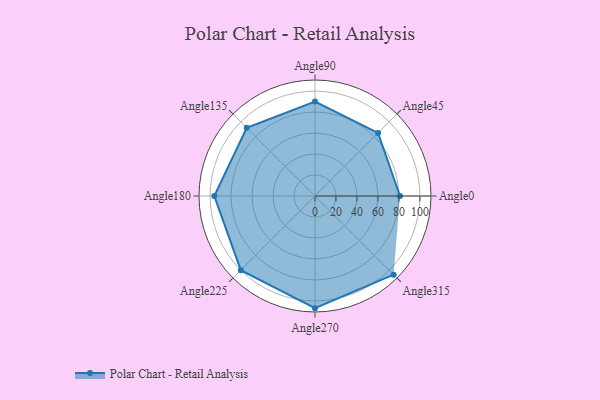
{"axis": {"x": "Angle", "y": "Radius"}, "legend": [""], "data": [{"x": "Angle0", "y": 81.0, "type": ""}, {"x": "Angle45", "y": 85.0, "type": ""}, {"x": "Angle90", "y": 90.0, "type": ""}, {"x": "Angle135", "y": 92.0, "type": ""}, {"x": "Angle180", "y": 96.0, "type": ""}, {"x": "Angle225", "y": 100.0, "type": ""}, {"x": "Angle270", "y": 107.0, "type": ""}, {"x": "Angle315", "y": 106.0, "type": ""}]}